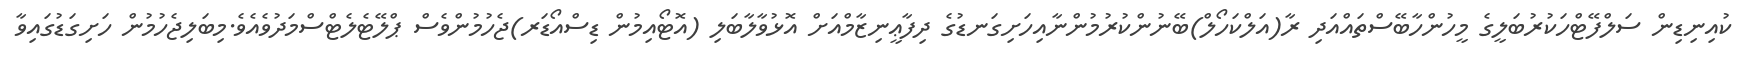
ކުއިނިޑިން ސަލްފޭޓްހަކުރުބަލީގެ މީހުންހާބޭސްތައްއަދި ރާ(އަލްކަހޯލް)ބޭނުންކުރުމުންނާއިހަށިގަނޑުގެ ދިފާޢީނިޒާމްއަށް އޮޅުވާލާބަލި (އޮޓޯއިމުން ޑިސްއޯޑަރ)ޖެހުމުންވެސް ޕްލޭޓެލެޓްސްމަދުވެއެވެ.މިބަލިޖެހުމުން ހަށިގަޑުގައިވާ